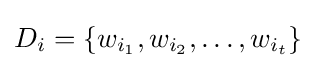
{\textstyle D_{i}=\{w_{i_{1}},w_{i_{2}},\ldots ,w_{i_{t}}\}}